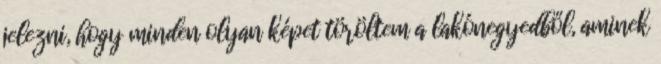
jelezni, hogy minden olyan képet töröltem a lakónegyedből, aminek